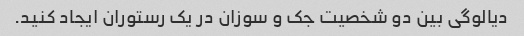
دیالوگی بین دو شخصیت جک و سوزان در یک رستوران ایجاد کنید.